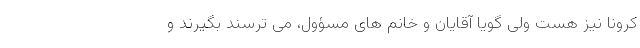
کرونا نیز هست ولی گویا آقایان و خانم های مسؤول، می ترسند بگیرند و